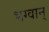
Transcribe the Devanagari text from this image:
भग्वान्